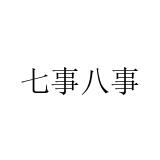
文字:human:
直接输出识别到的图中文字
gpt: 七事八事